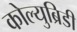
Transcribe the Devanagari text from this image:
कोल्युब्रिडी